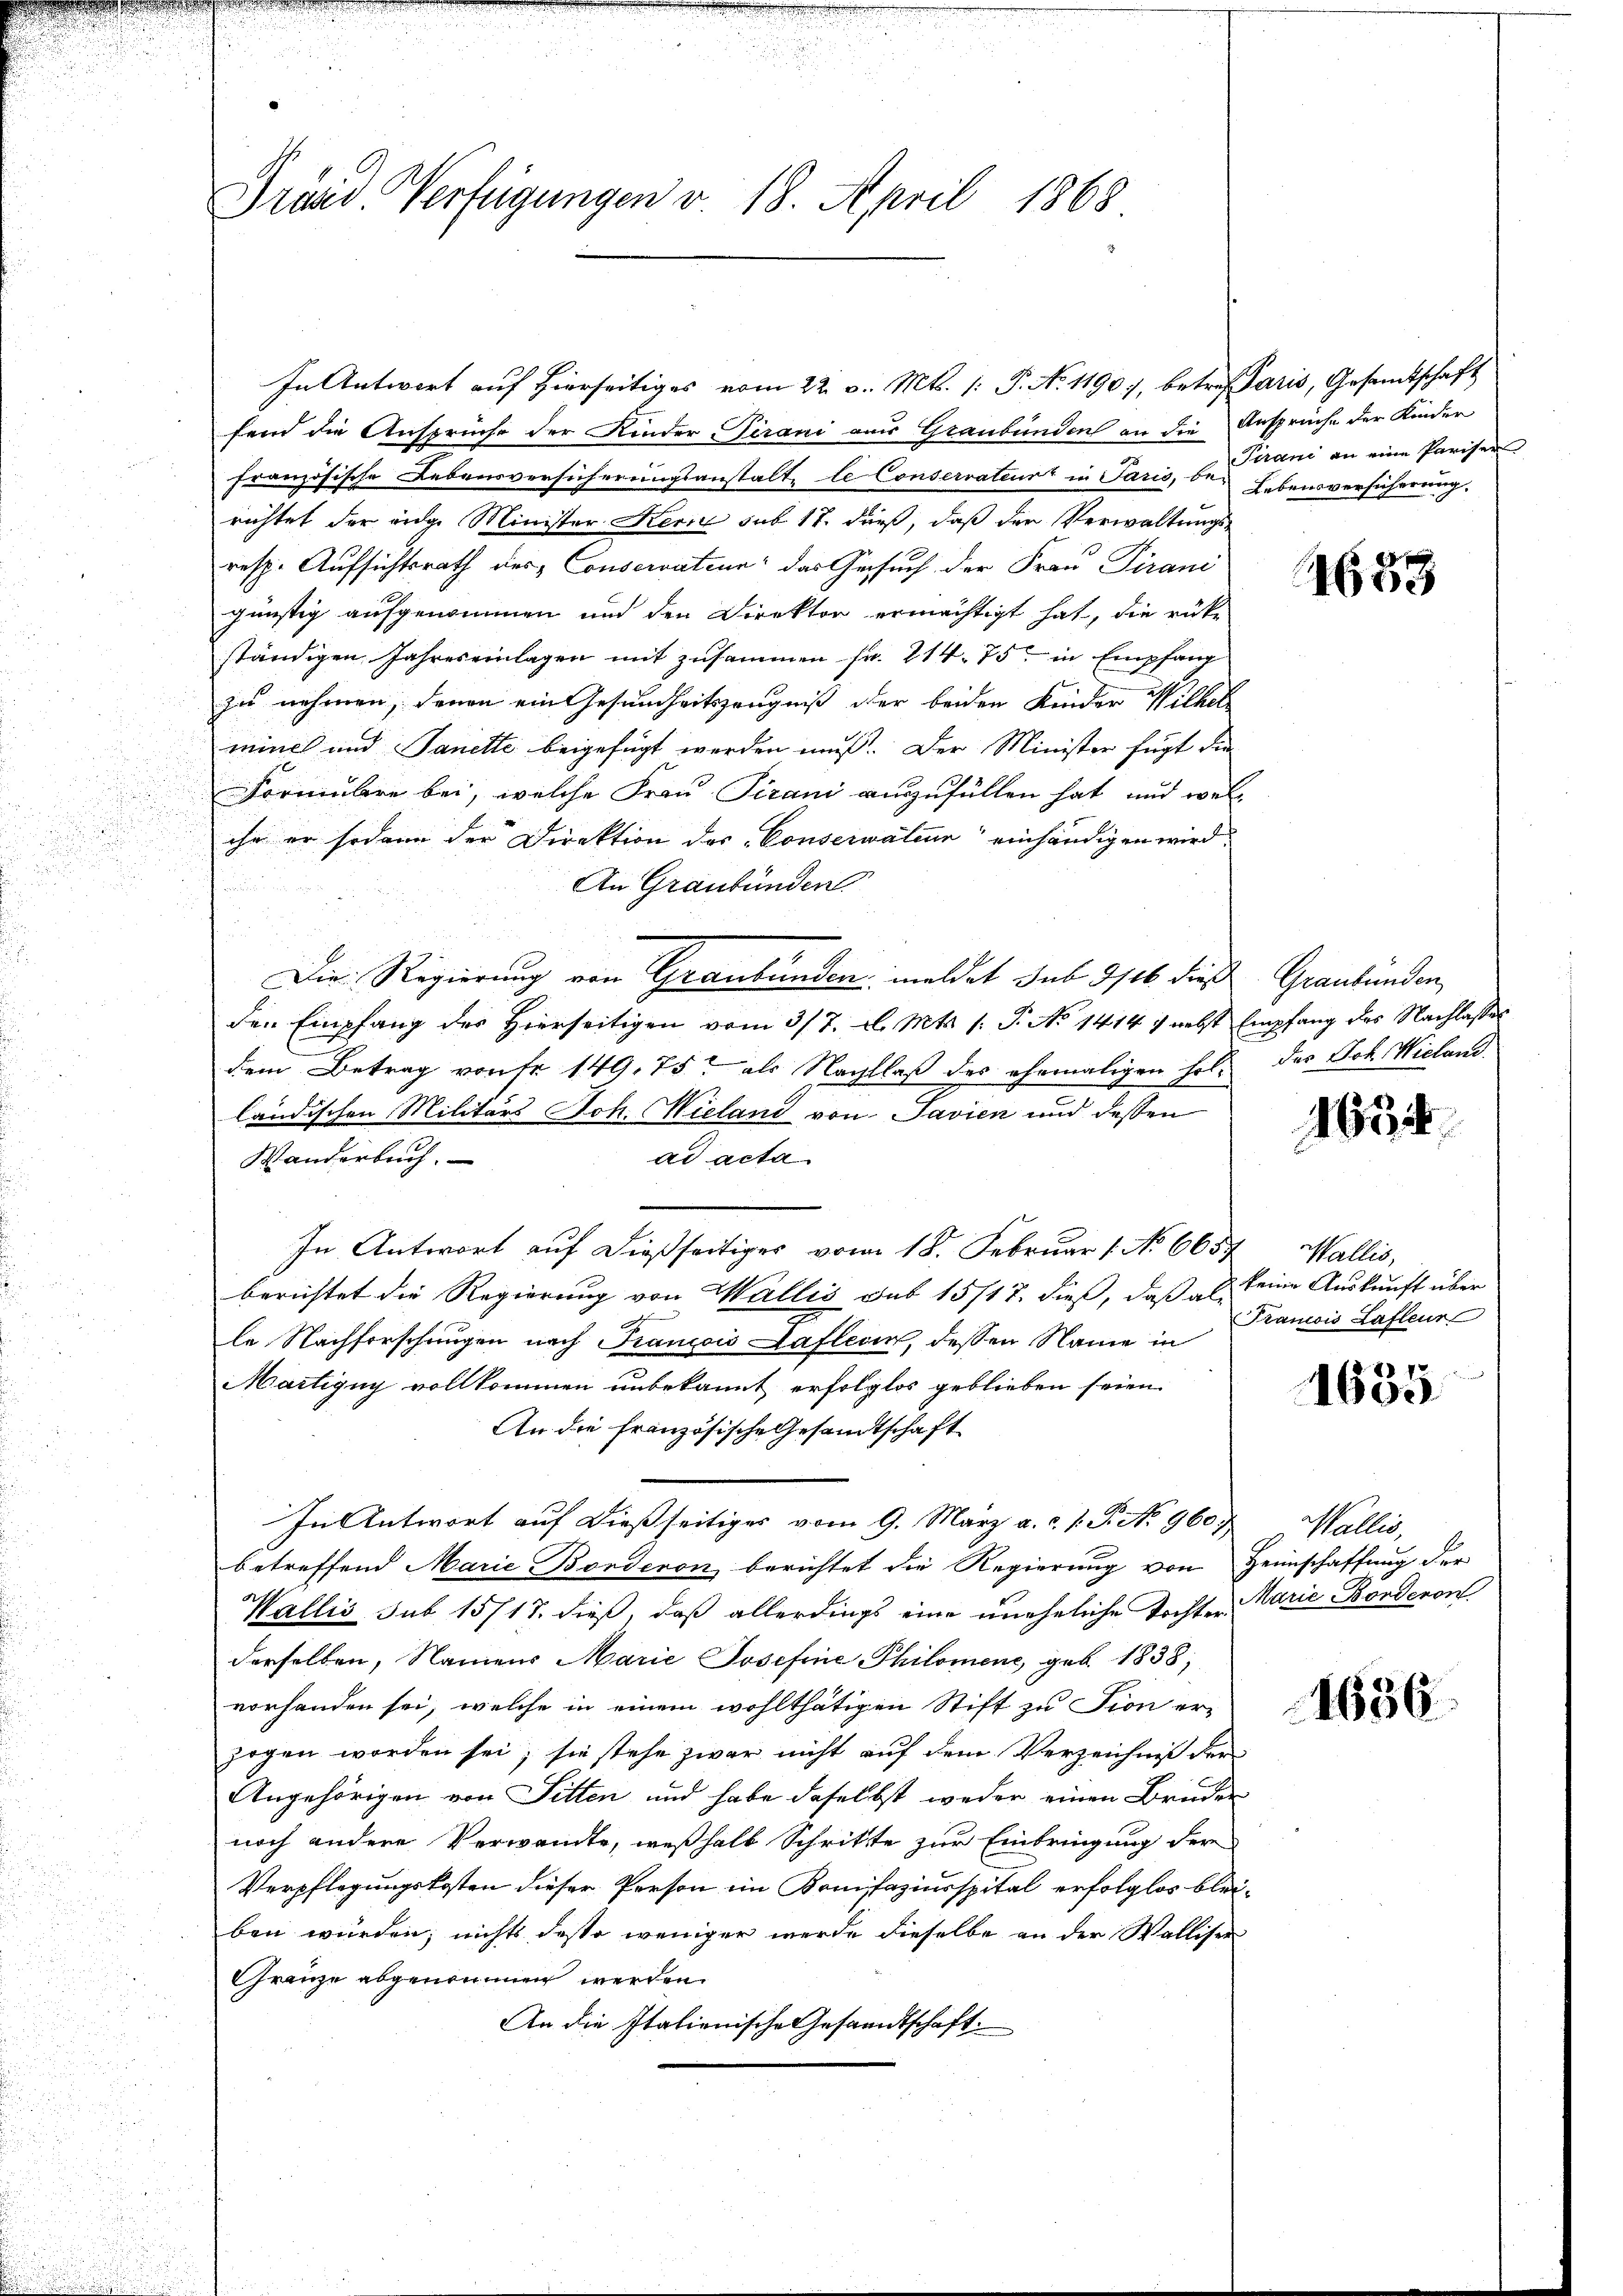
Prärd. Verfügungen v. 18. April 1868

In Antwort auf hierseitiges vom 22. v. Mts. (: P. No. 1190, betreffaris, Gesamtschaft
fend die Ansprüche der Kinder Tirani aus Graubünden an die Ansprüche der Kinder
französische Lebensversicherungsanstalte le Conserrateur in Paris, de Stani an eine Parisen
richtet der eidge Minister Kerie sub. 17. dieß, daß der Verwaltungs-
resp. Aufsichtsrath des Conservation: das Gesuch der Frau Pirani
günstig aufgenommen und den Direktor ermächtigt hat, die rück-
ständigen Jahres einlagen mit zusammen Fr. 214. 75. in Empfang
zu nehmen, denen ein Gesundheitszeugniß der beiden Kinder Wilhel
minel und Sanette beigefügt werden muß. Der Minister fügt die
Formulare bei, welche Frau Pirani auszufüllen hat, und welihr er sodann der Direktion des Conservatine“ einhändigen wird.
An Graubünden
Die Regierung von Graubünden meldet sub 3/16. dies
den Empfang des Hierseitigen vom 3/7. d. Mts. s. S. No 1414) nebst Empfang des Nachlasses
dem Betrag von fr. 149. 75 als Nachlaß des ehemaligen holt das Joh. Wieland
ländischen Militärs Joh. Wieland von Javien und dessen
Wanderbuch.
ad acta
In Antwort auf dießseitiges vom 18. Februar 1. No. 6657
berichtet die Regierung von Wallis sub 15717. dieß, daß als keine Auskunft über
le Nachforschungen nach Francois Gaflen, dessen Name in
Martigny vollkommen unbekannt erfolglos geblieben seien.
An die französische Gesandtschaft
In Antwort auf dießseitiges vom 9. März a. c. J. P. No 960;,
betreffend Marie Borderon berichtet die Regierung von Heimschaffung der
Wallis sub 15717. dieß, daß allerdings eine uneheliche Tochte Marie Bonderon
derselben, Namens Marie Josefine Philomene, geb. 1838,
vorhanden sei, welche in einem wohlthätigen Stift zu Fion er-
zogen worden sei; sie stehe zwar nicht auf dem Verzeichniß der
Angehörigen von Fitten und habe daselbst weder einen Bruden
noch andere Verwandte, weßhalb Schritte zur Einbringung der
Verpflegungskosten dieser Person im Konifaziusspital erfolglos blei-
ben würden; nichts desto weniger werde dieselbe an der Walliser
Gränze abgenommen werden.
An die Italienische Gesandtschaft.

Lebensversicherung.

1658

Graubünden

165

Wallis,
Francois Lafleur

1635

Wallis,

1636